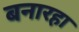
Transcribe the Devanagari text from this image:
बनारहा